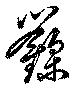
籙